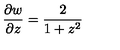
\frac { \partial w } { \partial z } = \frac { 2 } { 1 + z ^ { 2 } }